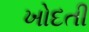
ખોદતી